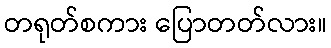
တရုတ်စကား ပြောတတ်လား။